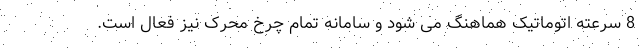
8 سرعته اتوماتیک هماهنگ می شود و سامانه تمام چرخ محرک نیز فعال است.